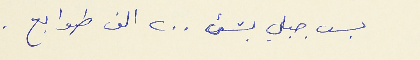
بس جبلي بشىء ٢٠٠ الف طوابع .